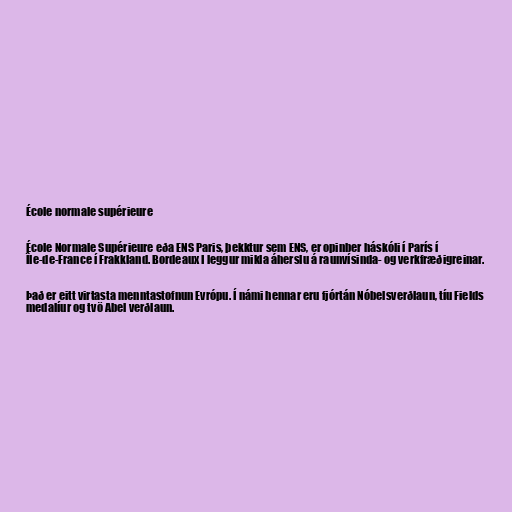
École normale supérieure

École Normale Supérieure eða ENS Paris, þekktur sem ENS, er opinber háskóli í París í
Île-de-France í Frakkland. Bordeaux I leggur mikla áherslu á raunvísinda- og verkfræðigreinar.

Það er eitt virtasta menntastofnun Evrópu. Í námi hennar eru fjórtán Nóbelsverðlaun, tíu Fields
medalíur og tvö Abel verðlaun.